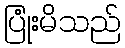
ပြုံးမိသည်